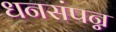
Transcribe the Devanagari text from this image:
धनसंपन्न